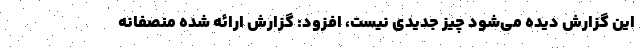
این گزارش دیده می‌شود چیز جدیدی نیست، افزود: گزارش ارائه شده منصفانه